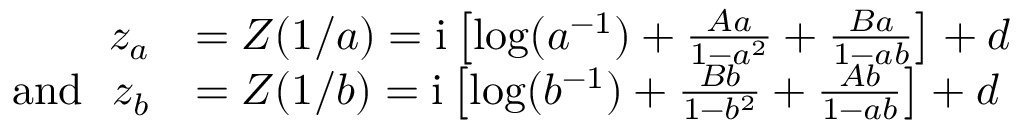
\begin{array} { r l } { z _ { a } } & { = Z ( 1 / a ) = \mathrm { i } \left[ \log ( a ^ { - 1 } ) + \frac { A a } { 1 - a ^ { 2 } } + \frac { B a } { 1 - a b } \right] + d } \\ { \mathrm { a n d } ~ ~ z _ { b } } & { = Z ( 1 / b ) = \mathrm { i } \left[ \log ( b ^ { - 1 } ) + \frac { B b } { 1 - b ^ { 2 } } + \frac { A b } { 1 - a b } \right] + d } \end{array}